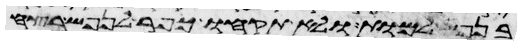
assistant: בנפש למות ולא תקחו כפר לנפש רצח